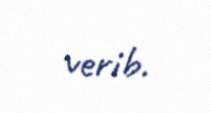
verib.